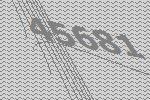
45681